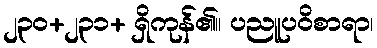
၂၃၀+၂၃၁+ ရှိကုန်၏။ ပညူပဝိစာရာ၊